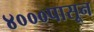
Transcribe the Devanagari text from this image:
४०००पासून